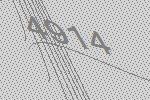
4914